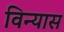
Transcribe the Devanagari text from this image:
विन्‍यास